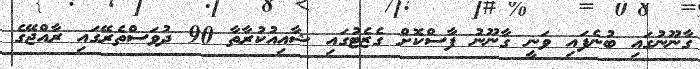
ގާނޫނުގައި ބުނެފައި ވަނީ ގާނޫނު ފާސްކޮށް ގެޒެޓުގައި ޝާއިއުކުރާތާ 90 ދުވަސްތެރޭގައި ރާއްޖޭގެ